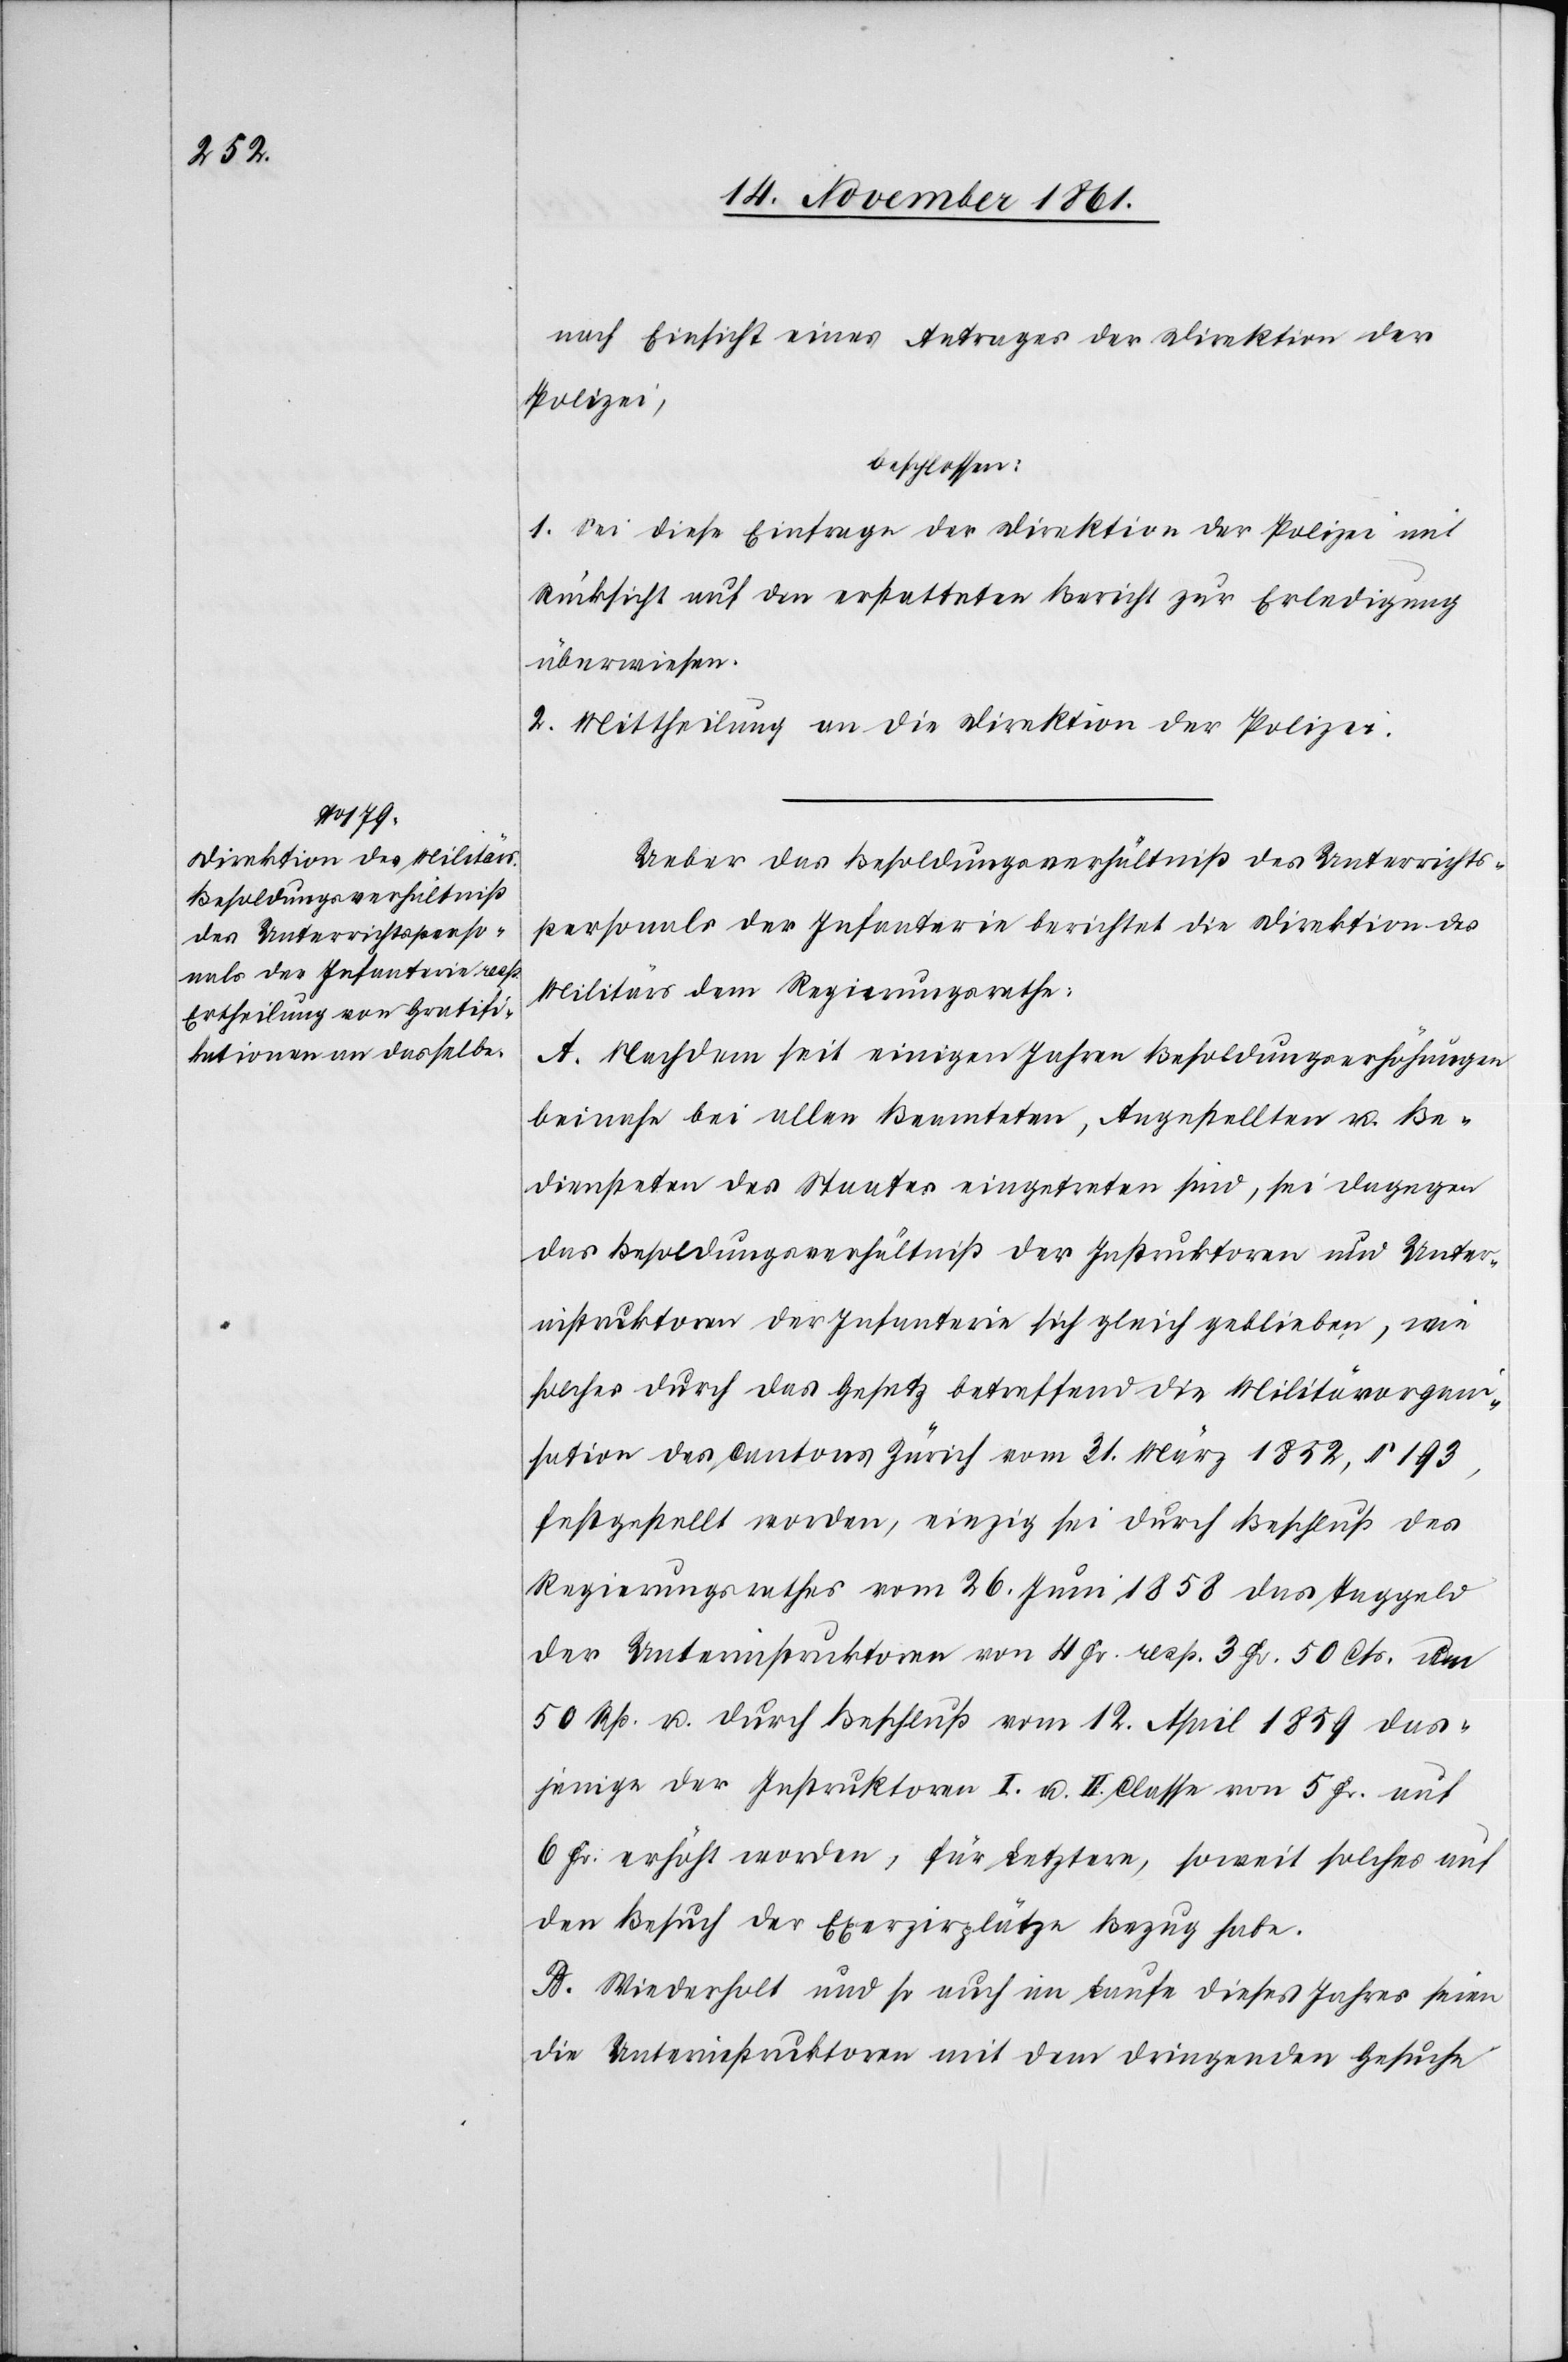
nach Einsicht eines Antrages der Direktion der
Polizei,
beschlossen:
1. Sei diese Einfrage der Direktion der Polizei mit
Rücksicht auf den erstatteten Bericht zur Erledigung
überwiesen.
2. Mittheilung an die Direktion der Polizei.
Ueber das Besoldungsverhältniß des Unterrichts¬
personals der Infanterie berichtet die Direktion des
Militärs dem Regierungsrathe.
A. Nachdem seit einigen Jahren Besoldungserhöhungen
beinahe bei allen Beamteten, Angestellten u. Be¬
diensteten des Staates eingetreten sind, sei dagegen
das Besoldungsverhältniß der Instruktoren und Unter¬
instruktoren der Infanterie sich gleich geblieben, wie
solches durch das Gesetz betreffend die Militärorgani¬
sation des Cantons Zürich vom 31 März 1852, § 193,
festgestellt worden, einzig sei durch Beschluß des
Regierungsrathes vom 26 Juni 1858 das Taggeld
der Unterinstructoren von 4 Fr. resp. 3 Fr. 50 Cts. um
50 Rp. u. durch Beschluß vom 12 April 1859 das¬
jenige der Instruktoren I. u. II Classe von 5 Fr. auf
6 Fr. erhöht worden, für Letztere, soweit solches auf
den Besuch der Exerzierplätze Bezug habe.
B. Wiederholt und so auch im Laufe dieses Jahres seien
die Unterinstruktoren mit dem dringenden Gesuche